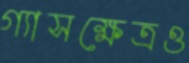
গ্যাসক্ষেত্রও